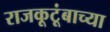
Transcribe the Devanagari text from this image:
राजकूटूंबाच्या